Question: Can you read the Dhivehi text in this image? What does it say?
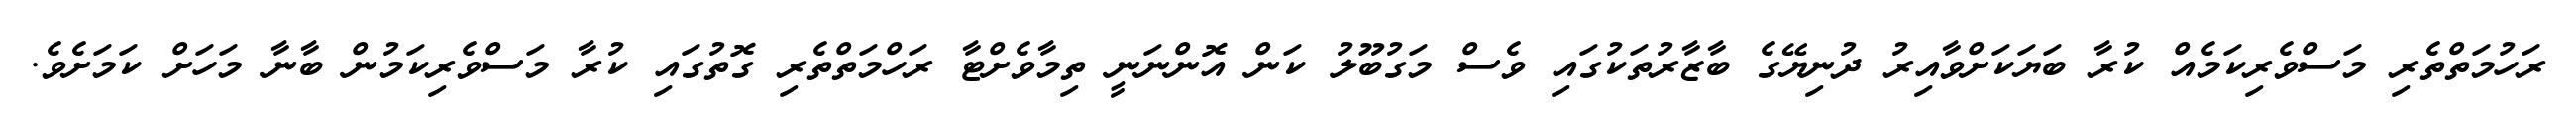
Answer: ރަހުމަތްތެރި މަސްވެރިކަމެއް ކުރާ ބަޔަކަށްވާއިރު ދުނިޔޭގެ ބާޒާރުތަކުގައި ވެސް މަގުބޫލު ކަން އޮންނަނީ ތިމާވެށްޓާ ރަހްމަތްތެރި ގޮތުގައި ކުރާ މަސްވެރިކަމުން ބާނާ މަހަށް ކަމަށެވެ.